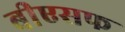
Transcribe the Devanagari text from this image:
बीएसफ